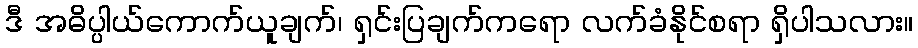
ဒီ အဓိပ္ပါယ်ကောက်ယူချက်၊ ရှင်းပြချက်ကရော လက်ခံနိုင်စရာ ရှိပါသလား။